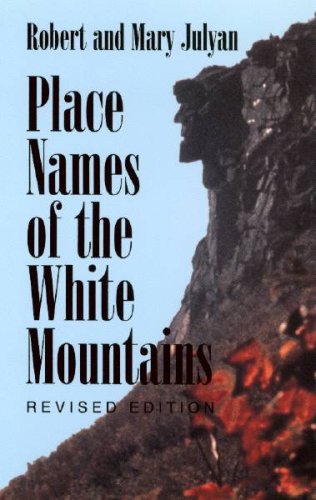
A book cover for Place Names of the White Mountains; Robert Julyan; Travel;